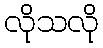
လိုသလို